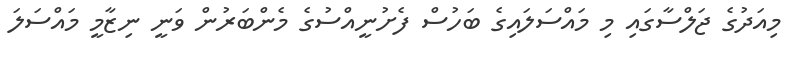
މިއަދުގެ ޖަލްސާގައި މި މައްސަލައިގެ ބަހުސް ފެށުނީއްސުގެ މެންބަރުން ވަނީ ނިޒާމީ މައްސަލަ